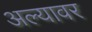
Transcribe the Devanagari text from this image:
अल्यावर